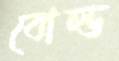
বোল্ড